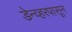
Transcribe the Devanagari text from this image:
डेन्व्हरपासून